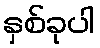
နှစ်ခုပါ